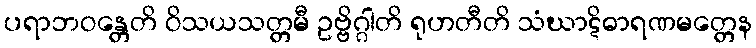
ပရာဘဝန္တေတိ ဝိသယသတ္တမီ ဥဗ္ဗိဂ္ဂါတိ ရုဟတီတိ သံဃာဋိဓာရဏမတ္တေန